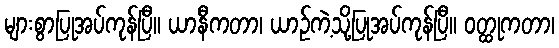
များစွာပြုအပ်ကုန်ပြီ။ ယာနီကတာ၊ ယာဉ်ကဲ့သို့ပြုအပ်ကုန်ပြီ။ ဝတ္ထုကတာ၊